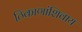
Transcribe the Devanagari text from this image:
ठिकाणांशिवाय